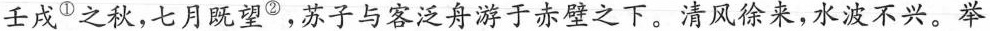
壬戌^{①}之秋，七月既望^{②}，苏子与客泛舟游于赤壁之下。清风徐来，水波不兴。举